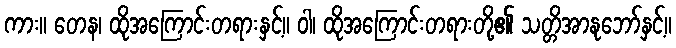
ကား။ တေန၊ ထိုအကြောင်းတရားနှင့်။ ဝါ၊ ထိုအကြောင်းတရားတို့၏ သတ္တိအာနုဘော်နှင့်။